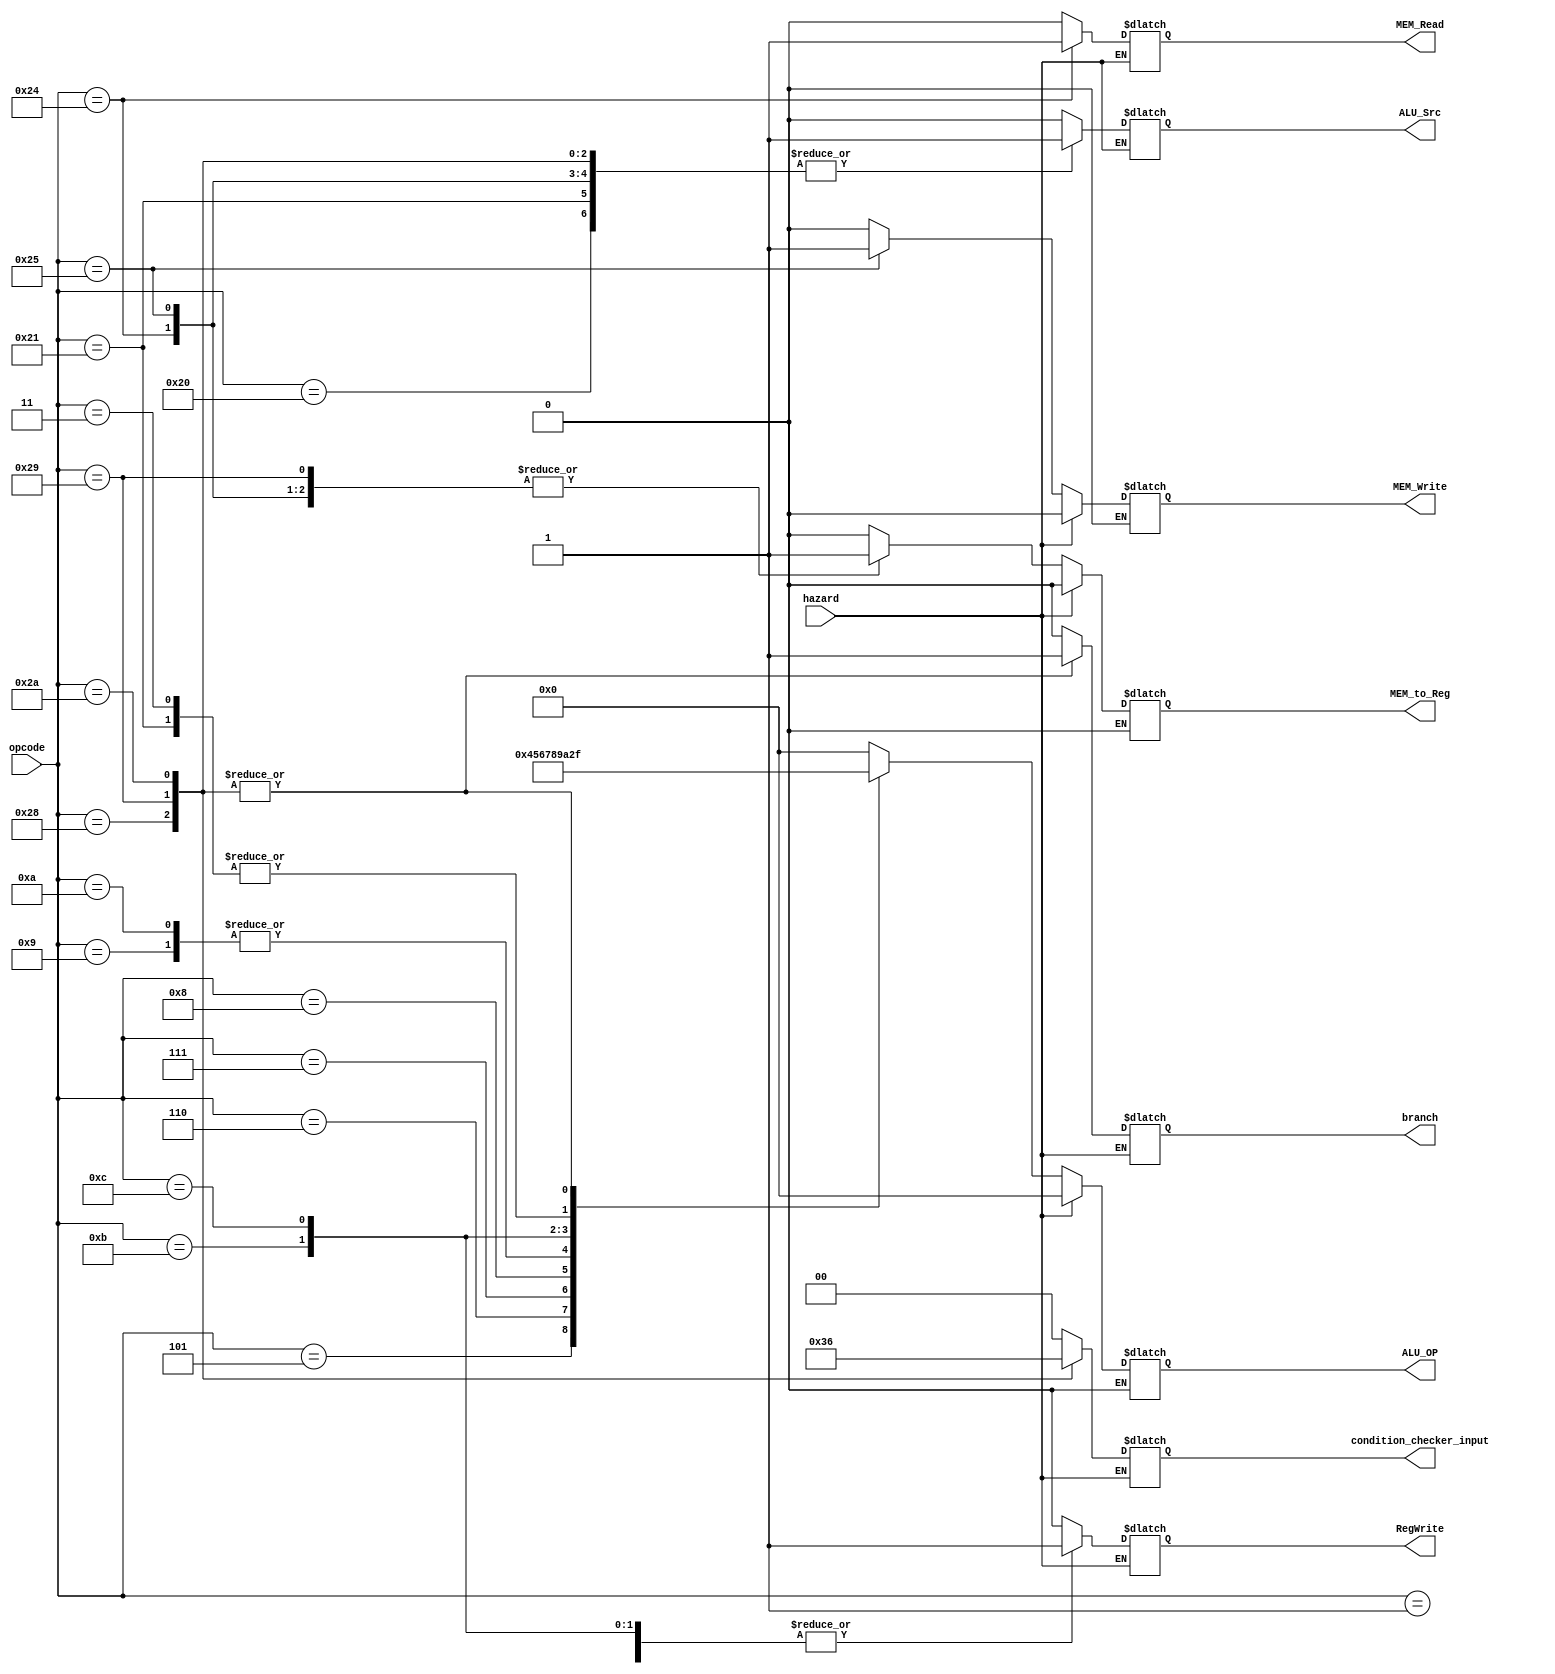

//controller

module controller (opcode, branch, ALU_OP, condition_checker_input, ALU_Src, MEM_to_Reg, RegWrite, MEM_Read, MEM_Write, hazard);
  input hazard;
  input [5:0] opcode;
  output reg branch;
  output reg [3:0] ALU_OP;
  output reg [1:0] condition_checker_input; 
  output reg ALU_Src;
  output reg MEM_to_Reg;
  output reg RegWrite;
  output reg MEM_Read;
  output reg MEM_Write;

  always @ ( * ) begin
    if (hazard == 0) begin
      {branch, ALU_OP, condition_checker_input, ALU_Src, MEM_to_Reg, RegWrite, MEM_Read, MEM_Write} <= 12'd0;
      case (opcode)
        // R-type instructions
        6'b000001: begin ALU_OP <= 4'b0000; RegWrite <= 1; end //ADD
        6'b000011: begin ALU_OP <= 4'b0010; RegWrite <= 1; end //SUB
        6'b000101: begin ALU_OP <= 4'b0100; RegWrite <= 1; end //AND
        6'b000110: begin ALU_OP <= 4'b0101; RegWrite <= 1; end //OR
        6'b000111: begin ALU_OP <= 4'b0110; RegWrite <= 1; end //NOR
        6'b001000: begin ALU_OP <= 4'b0111; RegWrite <= 1; end //XOR
        6'b001001: begin ALU_OP <= 4'b1000; RegWrite <= 1; end //SLA
        6'b001010: begin ALU_OP <= 4'b1000; RegWrite <= 1; end //SLL
        6'b001011: begin ALU_OP <= 4'b1001; RegWrite <= 1; end //SRA
        6'b001100: begin ALU_OP <= 4'b1010; RegWrite <= 1; end //SRL
        // I-type instructions
        6'b100000: begin ALU_OP <= 4'b0000; RegWrite <= 1; ALU_Src <= 1; end //ADDI
        6'b100001: begin ALU_OP <= 4'b0010; RegWrite <= 1; ALU_Src <= 1; end //SUBI
        // memory instructions
        6'b100100: begin ALU_OP <= 4'b0000; RegWrite <= 1; ALU_Src <= 1; MEM_to_Reg <= 1; MEM_Read <= 1; end //LOAD  //4'b0000 FOR ALU ADD
        6'b100101: begin ALU_OP <= 4'b0000; ALU_Src <= 1; MEM_Write <= 1; MEM_to_Reg <= 1; end //STORE
        // branch instructions
        6'b101000: begin ALU_OP <= 4'b1111; ALU_Src <= 1; condition_checker_input <= 2'b11; branch <= 1; end //BEZ  //4'b1111 FOR NOP
        6'b101001: begin ALU_OP <= 4'b1111; ALU_Src <= 1; condition_checker_input <= 2'b01; branch <= 1; MEM_to_Reg <= 1; end //BNE
        6'b101010: begin ALU_OP <= 4'b1111; ALU_Src <= 1; condition_checker_input <= 2'b10; branch <= 1; end //JMP
        default: {branch, ALU_OP, condition_checker_input, ALU_Src, MEM_to_Reg, RegWrite, MEM_Read, MEM_Write} <= 11'd0;
      endcase
    end

    else if (hazard ==  1) begin
      ALU_OP <= 4'd0;
      MEM_to_Reg <= 0;
      MEM_Write <= 0;
    end
  end
endmodule